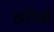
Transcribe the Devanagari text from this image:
खंरोची